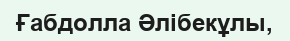
Ғабдолла Әлібекұлы,